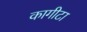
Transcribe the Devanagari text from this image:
कागीटा